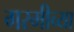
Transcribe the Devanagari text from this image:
गरमीच्या